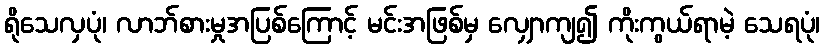
ရိုသေလှပုံ၊ လာဘ်စားမှုအပြစ်ကြောင့် မင်းအဖြစ်မှ လျှောကျ၍ ကိုးကွယ်ရာမဲ့ သေရပုံ၊